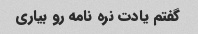
گفتم یادت نره نامه رو بیاری